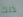
ذلك